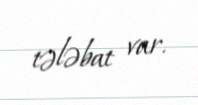
tələbat var.